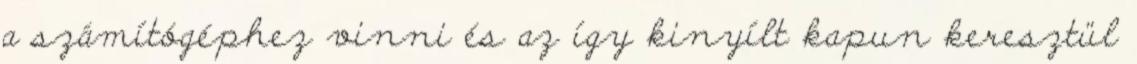
a számítógéphez vinni és az így kinyílt kapun keresztül